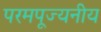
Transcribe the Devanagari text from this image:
परमपूज्‍यनीय